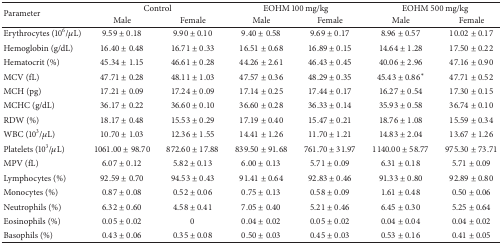
<table><thead><tr><td rowspan="2"><b>Parameter</b></td><td colspan="2"><b>Control</b></td><td colspan="2"><b>EOHM 100 mg/kg</b></td><td colspan="2"><b>EOHM 500 mg/kg</b></td></tr><tr><td><b>Male</b></td><td><b>Female</b></td><td><b>Male</b></td><td><b>Female</b></td><td><b>Male</b></td><td><b>Female</b></td></tr></thead><tbody><tr><td>Erythrocytes (10<sup>6</sup>/<i>μ</i>L)</td><td>9.59 ± 0.18</td><td>9.90 ± 0.10</td><td>9.40 ± 0.58</td><td>9.69 ± 0.17</td><td>8.96 ± 0.57</td><td>10.02 ± 0.17</td></tr><tr><td>Hemoglobin (g/dL)</td><td>16.40 ± 0.48</td><td>16.71 ± 0.33</td><td>16.51 ± 0.68</td><td>16.89 ± 0.15</td><td>14.64 ± 1.28</td><td>17.50 ± 0.22</td></tr><tr><td>Hematocrit (%)</td><td>45.34 ± 1.15</td><td>46.61 ± 0.28</td><td>44.26 ± 2.61</td><td>46.43 ± 0.45</td><td>40.06 ± 2.96</td><td>47.16 ± 0.90</td></tr><tr><td>MCV (fL)</td><td>47.71 ± 0.28</td><td>48.11 ± 1.03</td><td>47.57 ± 0.36</td><td>48.29 ± 0.35</td><td>45.43 ± 0.86*</td><td>47.71 ± 0.52</td></tr><tr><td>MCH (pg)</td><td>17.21 ± 0.09</td><td>17.24 ± 0.09</td><td>17.14 ± 0.25</td><td>17.44 ± 0.17</td><td>16.27 ± 0.54</td><td>17.30 ± 0.15</td></tr><tr><td>MCHC (g/dL)</td><td>36.17 ± 0.22</td><td>36.60 ± 0.10</td><td>36.60 ± 0.28</td><td>36.33 ± 0.14</td><td>35.93 ± 0.58</td><td>36.74 ± 0.10</td></tr><tr><td>RDW (%)</td><td>18.17 ± 0.48</td><td>15.53 ± 0.29</td><td>17.19 ± 0.40</td><td>15.47 ± 0.21</td><td>18.76 ± 1.08</td><td>15.59 ± 0.34</td></tr><tr><td>WBC (10<sup>3</sup>/<i>μ</i>L)</td><td>10.70 ± 1.03</td><td>12.36 ± 1.55</td><td>14.41 ± 1.26</td><td>11.70 ± 1.21</td><td>14.83 ± 2.04</td><td>13.67 ± 1.26</td></tr><tr><td>Platelets (10<sup>3</sup>/<i>μ</i>L)</td><td>1061.00 ± 98.70</td><td>872.60 ± 17.88</td><td>839.50 ± 91.68</td><td>761.70 ± 31.97</td><td>1140.00 ± 58.77</td><td>975.30 ± 73.71</td></tr><tr><td>MPV (fL)</td><td>6.07 ± 0.12</td><td>5.82 ± 0.13</td><td>6.00 ± 0.13</td><td>5.71 ± 0.09</td><td>6.31 ± 0.18</td><td>5.71 ± 0.09</td></tr><tr><td>Lymphocytes (%)</td><td>92.59 ± 0.70</td><td>94.53 ± 0.43</td><td>91.41 ± 0.64</td><td>92.83 ± 0.46</td><td>91.33 ± 0.80</td><td>92.89 ± 0.80</td></tr><tr><td>Monocytes (%)</td><td>0.87 ± 0.08</td><td>0.52 ± 0.06</td><td>0.75 ± 0.13</td><td>0.58 ± 0.09</td><td>1.61 ± 0.48</td><td>0.50 ± 0.06</td></tr><tr><td>Neutrophils (%)</td><td>6.32 ± 0.60</td><td>4.58 ± 0.41</td><td>7.05 ± 0.40</td><td>5.21 ± 0.46</td><td>6.45 ± 0.30</td><td>5.25 ± 0.64</td></tr><tr><td>Eosinophils (%)</td><td>0.05 ± 0.02</td><td>0</td><td>0.04 ± 0.02</td><td>0.05 ± 0.02</td><td>0.04 ± 0.04</td><td>0.04 ± 0.02</td></tr><tr><td>Basophils (%)</td><td>0.43 ± 0.06</td><td>0.35 ± 0.08</td><td>0.50 ± 0.03</td><td>0.45 ± 0.03</td><td>0.53 ± 0.16</td><td>0.41 ± 0.05</td></tr></tbody></table>